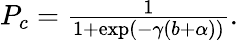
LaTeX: \begin{array}{r}{P_{c}=\frac{1}{1+\exp(-\gamma(b+\alpha))}.}\end{array}